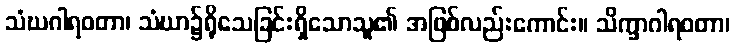
သံဃဂါရဝတာ၊ သံဃာ၌ရိုသေခြင်းရှိသောသူ၏ အဖြစ်လည်းကောင်း။ သိက္ခာဂါရဝတာ၊